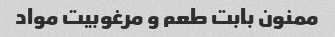
ممنون بابت طعم و مرغوبیت مواد